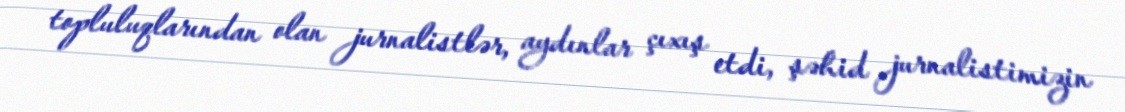
topluluqlarından olan jurnalistlər, aydınlar çıxış etdi, şəhid jurnalistimizin